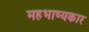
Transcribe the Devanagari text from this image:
महभाष्यकार